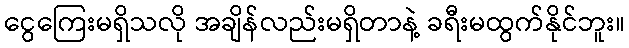
ငွေကြေးမရှိသလို အချိန်လည်းမရှိတာနဲ့ ခရီးမထွက်နိုင်ဘူး။